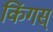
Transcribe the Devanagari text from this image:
किंगस्